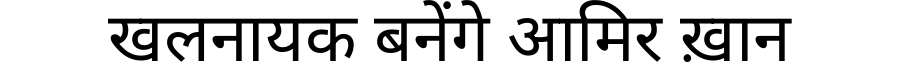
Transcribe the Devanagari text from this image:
खलनायक बनेंगे आमिर ख़ान